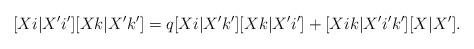
LaTeX: \begin{align*} [Xi|X'i'][Xk|X'k']= q[Xi|X'k'][Xk|X'i']+[Xik|X'i'k'][X|X']. \end{align*}